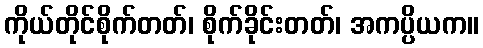
ကိုယ်တိုင်စိုက်တတ်၊ စိုက်ခိုင်းတတ်၊ အကပ္ပိယက။